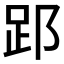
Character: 𮛈